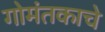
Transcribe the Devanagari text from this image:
गोमंतकाचे